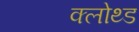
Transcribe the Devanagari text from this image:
क्लोथ्ड